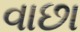
વાછા